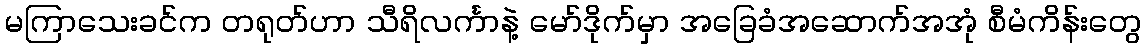
မကြာသေးခင်က တရုတ်ဟာ သီရိလင်္ကာနဲ့ မော်ဒိုက်မှာ အခြေခံအဆောက်အအုံ စီမံကိန်းတွေ